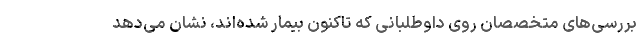
بررسی‌های متخصصان روی داوطلبانی که تاکنون بیمار شده‌اند، نشان می‌دهد